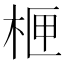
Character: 㭱